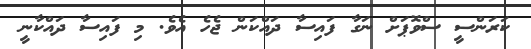
ކަރަންސީ ސްވޮޕަށް ނަގާ ފައިސާ ދައްކަން ޖެހެ އެވެ. މި ފައިސާ ދައްކާނީ